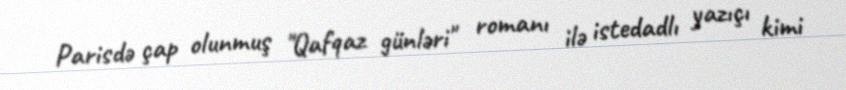
Parisdə çap olunmuş "Qafqaz günləri" romanı ilə istedadlı yazıçı kimi